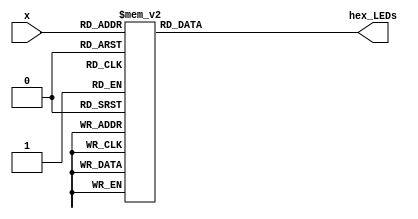
module seven_seg_decoder(input [3:0] x, output reg [6:0] hex_LEDs);
	// sorry did not follow the lab manual instruction strictly---
	// did not use the assign statement for the first two segments.
	
	always @(*)
	begin 
			case (x)
				4'b0000:  hex_LEDs=7'b1000000;  // decimal 0
				4'b0001:  hex_LEDs=7'b1111001;  // 1
				4'b0010:  hex_LEDs=7'b0100100; //2
				4'b0011:  hex_LEDs=7'b0110000;  // 3
				4'b0100:  hex_LEDs=7'b0011001;  // 4
				4'b0101:  hex_LEDs=7'b0010010;  //5
				4'b0110:  hex_LEDs=7'b0000010;  //6
				4'b0111:  hex_LEDs=7'b1111000; //7
				4'b1000:  hex_LEDs=7'b0000000; //8
				4'b1001:  hex_LEDs=7'b0010000;//9 
				4'b1010:  hex_LEDs=7'b0001000;//A
				4'b1011:  hex_LEDs=7'b0000011; //b
				4'b1100:  hex_LEDs=7'b1000110;//C
				4'b1101:  hex_LEDs=7'b0100001;//d
				4'b1110:  hex_LEDs=7'b0000110;//E
			//	4'b1111:  hex_LEDs=7'b0001110; //F
				4'b1111:  hex_LEDs=7'b1111111;   //when value is 1111, turn all segments off!!!
			endcase
	end
endmodule